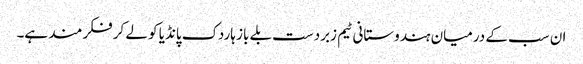
ان سب کے درمیان ہندوستانی ٹیم زبردست بلے باز ہاردک پانڈیا کو لے کر فکرمند ہے۔